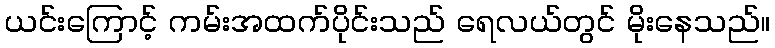
ယင်းကြောင့် ကမ်းအထက်ပိုင်းသည် ရေလယ်တွင် မိုးနေသည်။